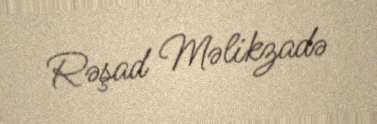
Rəşad Məlikzadə